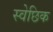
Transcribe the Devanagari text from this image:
स्वेछिक